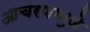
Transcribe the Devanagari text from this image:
आचरणामुळे